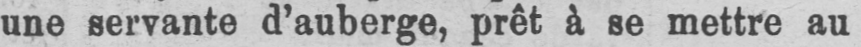
une servante d’auberge, prêt à se mettre au